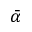
\bar { \alpha }